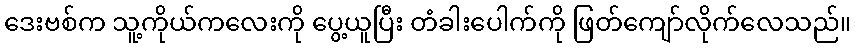
ဒေးဗစ်က သူ့ကိုယ်ကလေးကို ပွေ့ယူပြီး တံခါးပေါက်ကို ဖြတ်ကျော်လိုက်လေသည်။